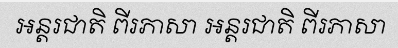
អន្តរជាតិ ពីរភាសា អន្តរជាតិ ពីរភាសា